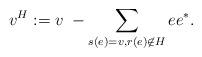
LaTeX: \begin{align*}v^H :=v\;-\sum_{s(e)=v,r(e)\not\in H}ee^{\ast}.\end{align*}